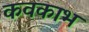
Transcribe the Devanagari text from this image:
कवकाभ